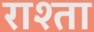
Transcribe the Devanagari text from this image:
राश्ता